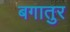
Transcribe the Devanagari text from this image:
बगातुर